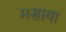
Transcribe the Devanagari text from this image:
मसाया